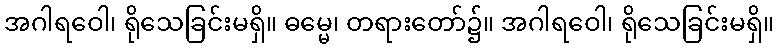
အဂါရဝေါ၊ ရိုသေခြင်းမရှိ။ ဓမ္မေ၊ တရားတော်၌။ အဂါရဝေါ၊ ရိုသေခြင်းမရှိ။